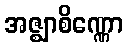
အဇ္ဈာစိဏ္ဏော